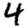
Digit: 4